Problem: 50 + 5 = ?
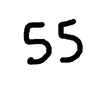
Handwritten answer: 55